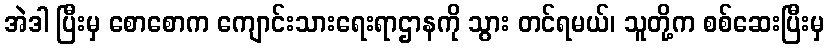
အဲဒါ ပြီးမှ စောစောက ကျောင်းသားရေးရာဌာနကို သွား တင်ရမယ်၊ သူတို့က စစ်ဆေးပြီးမှ